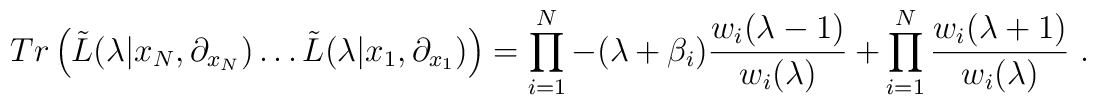
Tr\left({\tilde L}(\lambda|x_N,\partial_{x_N}) \ldots    {\tilde L}(\lambda|x_1,\partial_{x_1})\right)    =\prod_{i=1}^N -(\lambda +\beta_i)\frac{w_i(\lambda-1)}{w_i(\lambda )}    +\prod_{i=1}^N\frac{w_i(\lambda+1)}{w_i(\lambda )} ~.